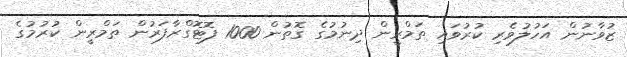
ޒުވާނުން އަހުލުވެރި ކުރުވައި ތަމްރީން ދިނުމުގެ ގޮތުން 1000 ފޮޓޮގްރާފަރުން ތަމްރީން ކުރުމުގެ